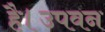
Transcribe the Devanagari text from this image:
है।उपवन